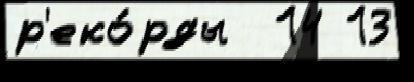
р'еко́рды  14 13